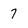
Character: 7